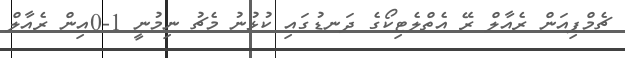
ޗެމްޕިއަން ރެއާލް ރޭ އެތްލެޓިކޯގެ ދަނޑުގައި ކުޅުނު މެޗު ނިމުނީ 1-0އިން ރެއާލް